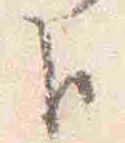
臣